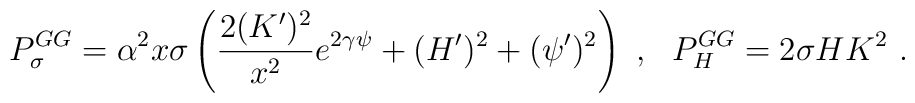
P^{GG}_{\sigma}=\alpha^2 x \sigma \left(\frac{2(K')^2}{x^2}e^{2\gamma\psi}+(H')^2+(\psi ')^2\right) \ , \ \ P^{GG}_{H}=2\sigma H K^2 \ .